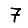
Digit: 7